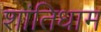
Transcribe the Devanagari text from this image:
शांतिधाम